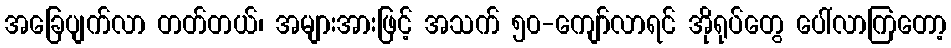
အခြေပျက်လာ တတ်တယ်၊ အများအားဖြင့် အသက် ၅၀-ကျော်လာရင် အိုရုပ်တွေ ပေါ်လာကြတော့